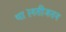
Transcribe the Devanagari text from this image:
था।नतीजतन